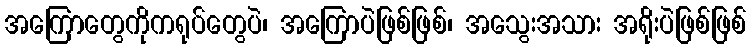
အကြောတွေကိုကရုပ်တွေပဲ၊ အကြောပဲဖြစ်ဖြစ်၊ အသွေးအသား အရိုးပဲဖြစ်ဖြစ်